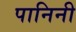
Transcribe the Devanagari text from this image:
पानिनी